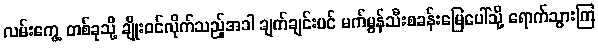
လမ်းကွေ့ တစ်ခုသို့ ချိုးဝင်လိုက်သည့်အခါ ချက်ချင်းပင် မက်မွန်သီးစခန်းမြေပေါ်သို့ ရောက်သွားကြ